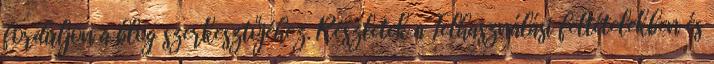
forduljon a blog szerkesztőjéhez. Részletek a Felhasználási feltételekben és